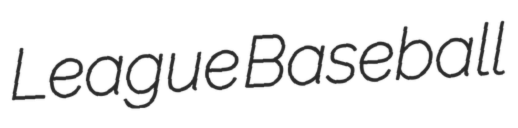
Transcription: League Baseball